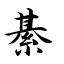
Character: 綦